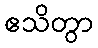
ဧသိတွာ